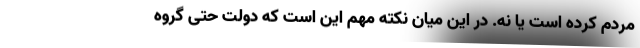
مردم کرده است یا نه. در این میان نکته مهم این است که دولت حتی گروه